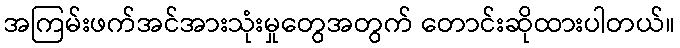
အကြမ်းဖက်အင်အားသုံးမှုတွေအတွက် တောင်းဆိုထားပါတယ်။